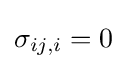
\sigma _{ij,i}=0